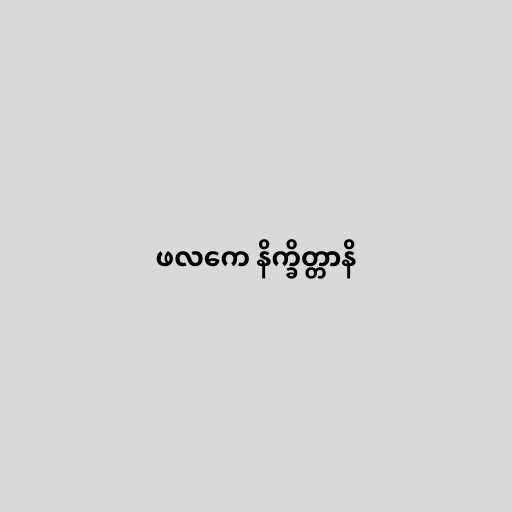
ဖလကေ နိက္ခိတ္တာနိ